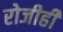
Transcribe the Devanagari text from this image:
रोजीही